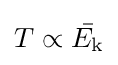
T\propto {\bar {E_{\rm {k}}}}